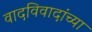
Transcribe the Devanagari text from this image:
वादविवादांच्या